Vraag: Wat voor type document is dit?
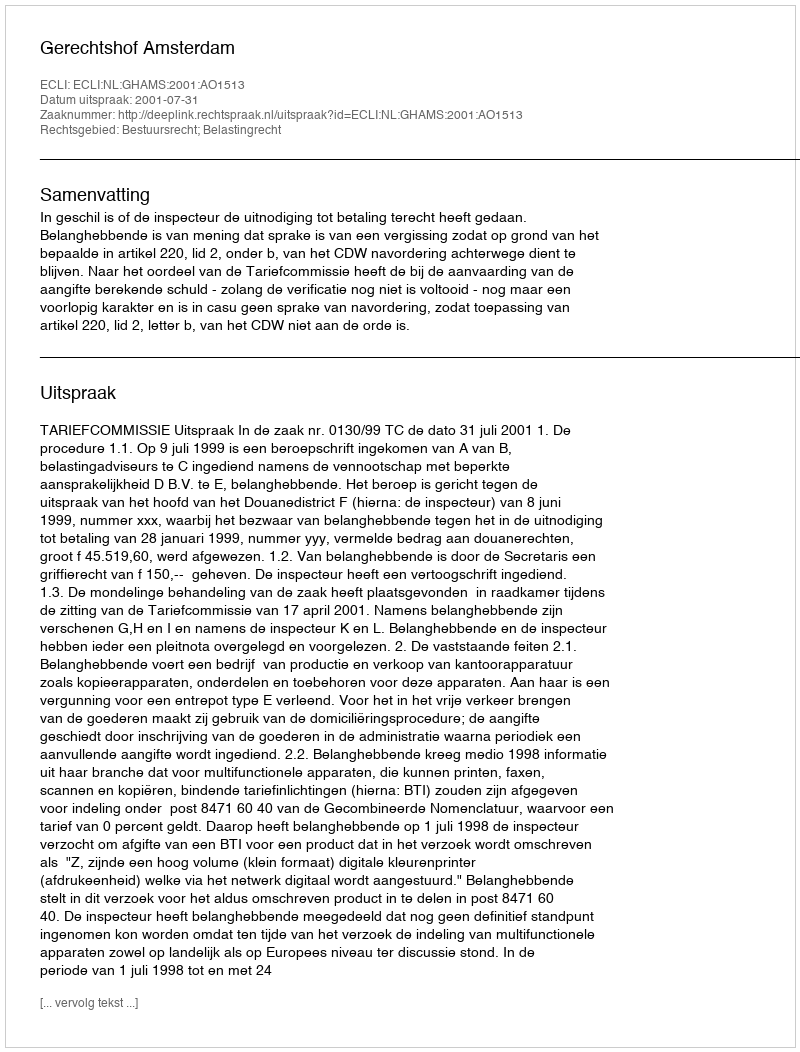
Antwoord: Uitspraak